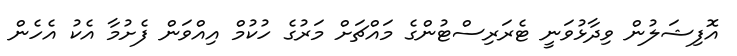
އޮފިޝަލުން ވިދާޅުވަނީ ޓެރަރިސްޓުންގެ މައްޗަށް މަރުގެ ހުކުމް އިއްވަން ފެށުމާ އެކު އެހެން